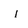
Character: i